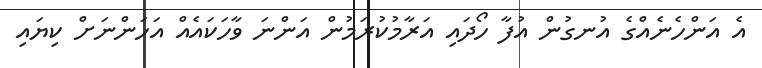
އެ އަންހެނެއްގެ އުނގުން އުފާ ހޯދައި އަރާމުކުރަމުން އަންނަ ވާހަކައެއް އަހަންނަށް ކިޔައި